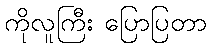
ကိုလူကြီး ပြောပြတာ